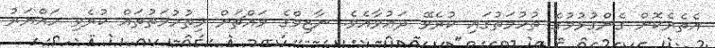
އެތެރެކޮށް ގެންގުޅުމުގެ ތުހުމަތުގައި ކުރެވޭ ދަޢުވާއެވެ. ނާޒިމްގެ މައްޗަށް މިތުހުމަތުތައް ކުރެވި ހައްޔަރު